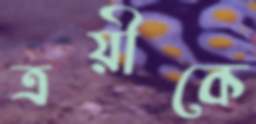
ত্রয়ীকে